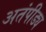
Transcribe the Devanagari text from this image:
अतंपीड्य